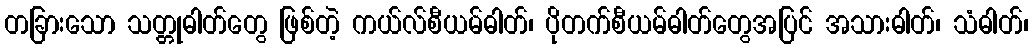
တခြားသော သတ္တုဓါတ်တွေ ဖြစ်တဲ့ ကယ်လ်စီယမ်ဓါတ်၊ ပိုတက်စီယမ်ဓါတ်တွေအပြင် အသားဓါတ်၊ သံဓါတ်၊